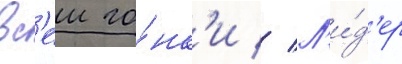
вс'еи го́нк'и // Л'и́д'ер